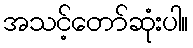
အသင့်တော်ဆုံးပါ။